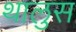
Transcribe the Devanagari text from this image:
थालुस